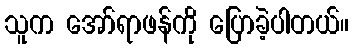
သူက အော်ရာဖန်ကို ပြောခဲ့ပါတယ်။